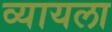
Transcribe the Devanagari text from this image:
व्यायला